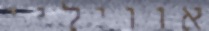
אוויליי